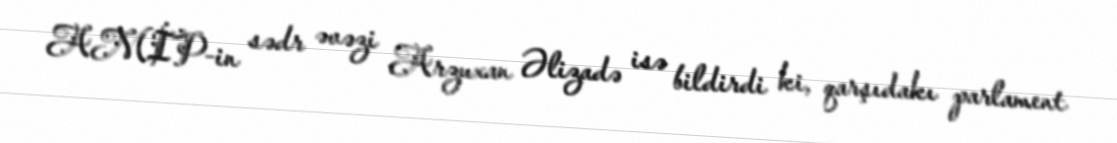
AMİP-in sədr əvəzi Arzuxan Əlizadə isə bildirdi ki, qarşıdakı parlament